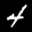
Label: 4